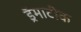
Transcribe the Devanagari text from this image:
ड्रॅमाटीक